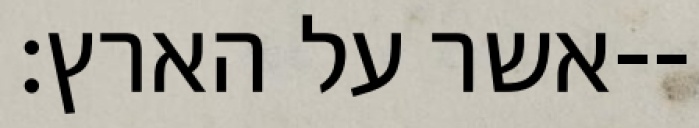
אשר על הארץ׃--